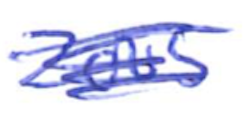
Text: 2005
Cross-out: mix
Writing tool: ballpoint